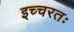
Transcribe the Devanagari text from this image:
इच्चरतः